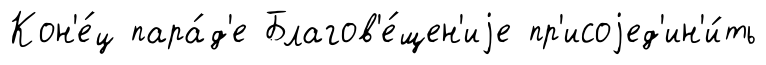
Кон'е́ц пара́д'е Благов'е́щен'иjе пр'исоjед'ин'и́ть